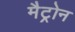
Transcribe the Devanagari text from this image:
मैट्रोन